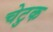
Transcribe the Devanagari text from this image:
चेटुक